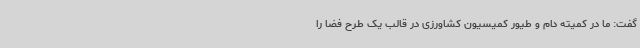
گفت: ما در کمیته دام و طیور کمیسیون کشاورزی در قالب یک طرح فضا را